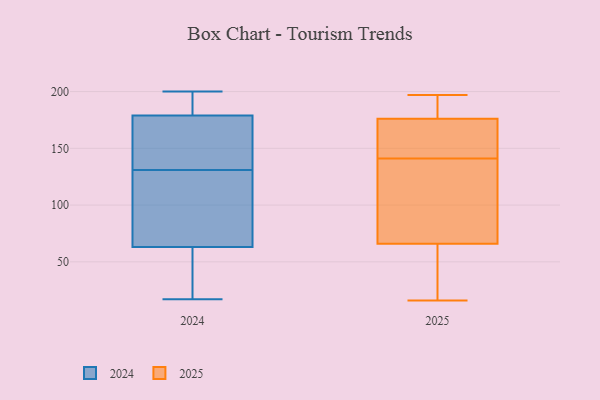
{"axis": {"x": "Demand Index", "y": "Value"}, "legend": ["2024", "2025"], "data": [{"x": "", "y": 22, "type": "2025"}, {"x": "", "y": 42, "type": "2025"}, {"x": "", "y": 16, "type": "2025"}, {"x": "", "y": 175, "type": "2025"}, {"x": "", "y": 141, "type": "2025"}, {"x": "", "y": 197, "type": "2025"}, {"x": "", "y": 196, "type": "2025"}, {"x": "", "y": 179, "type": "2025"}, {"x": "", "y": 149, "type": "2025"}, {"x": "", "y": 114, "type": "2025"}, {"x": "", "y": 80, "type": "2025"}, {"x": "", "y": 74, "type": "2025"}, {"x": "", "y": 174, "type": "2025"}, {"x": "", "y": 17, "type": "2024"}, {"x": "", "y": 200, "type": "2024"}, {"x": "", "y": 115, "type": "2024"}, {"x": "", "y": 89, "type": "2024"}, {"x": "", "y": 37, "type": "2024"}, {"x": "", "y": 190, "type": "2024"}, {"x": "", "y": 169, "type": "2024"}, {"x": "", "y": 125, "type": "2024"}, {"x": "", "y": 63, "type": "2024"}, {"x": "", "y": 58, "type": "2024"}, {"x": "", "y": 137, "type": "2024"}, {"x": "", "y": 69, "type": "2024"}, {"x": "", "y": 183, "type": "2024"}, {"x": "", "y": 195, "type": "2024"}, {"x": "", "y": 179, "type": "2024"}, {"x": "", "y": 172, "type": "2024"}, {"x": "", "y": 173, "type": "2024"}, {"x": "", "y": 30, "type": "2024"}]}